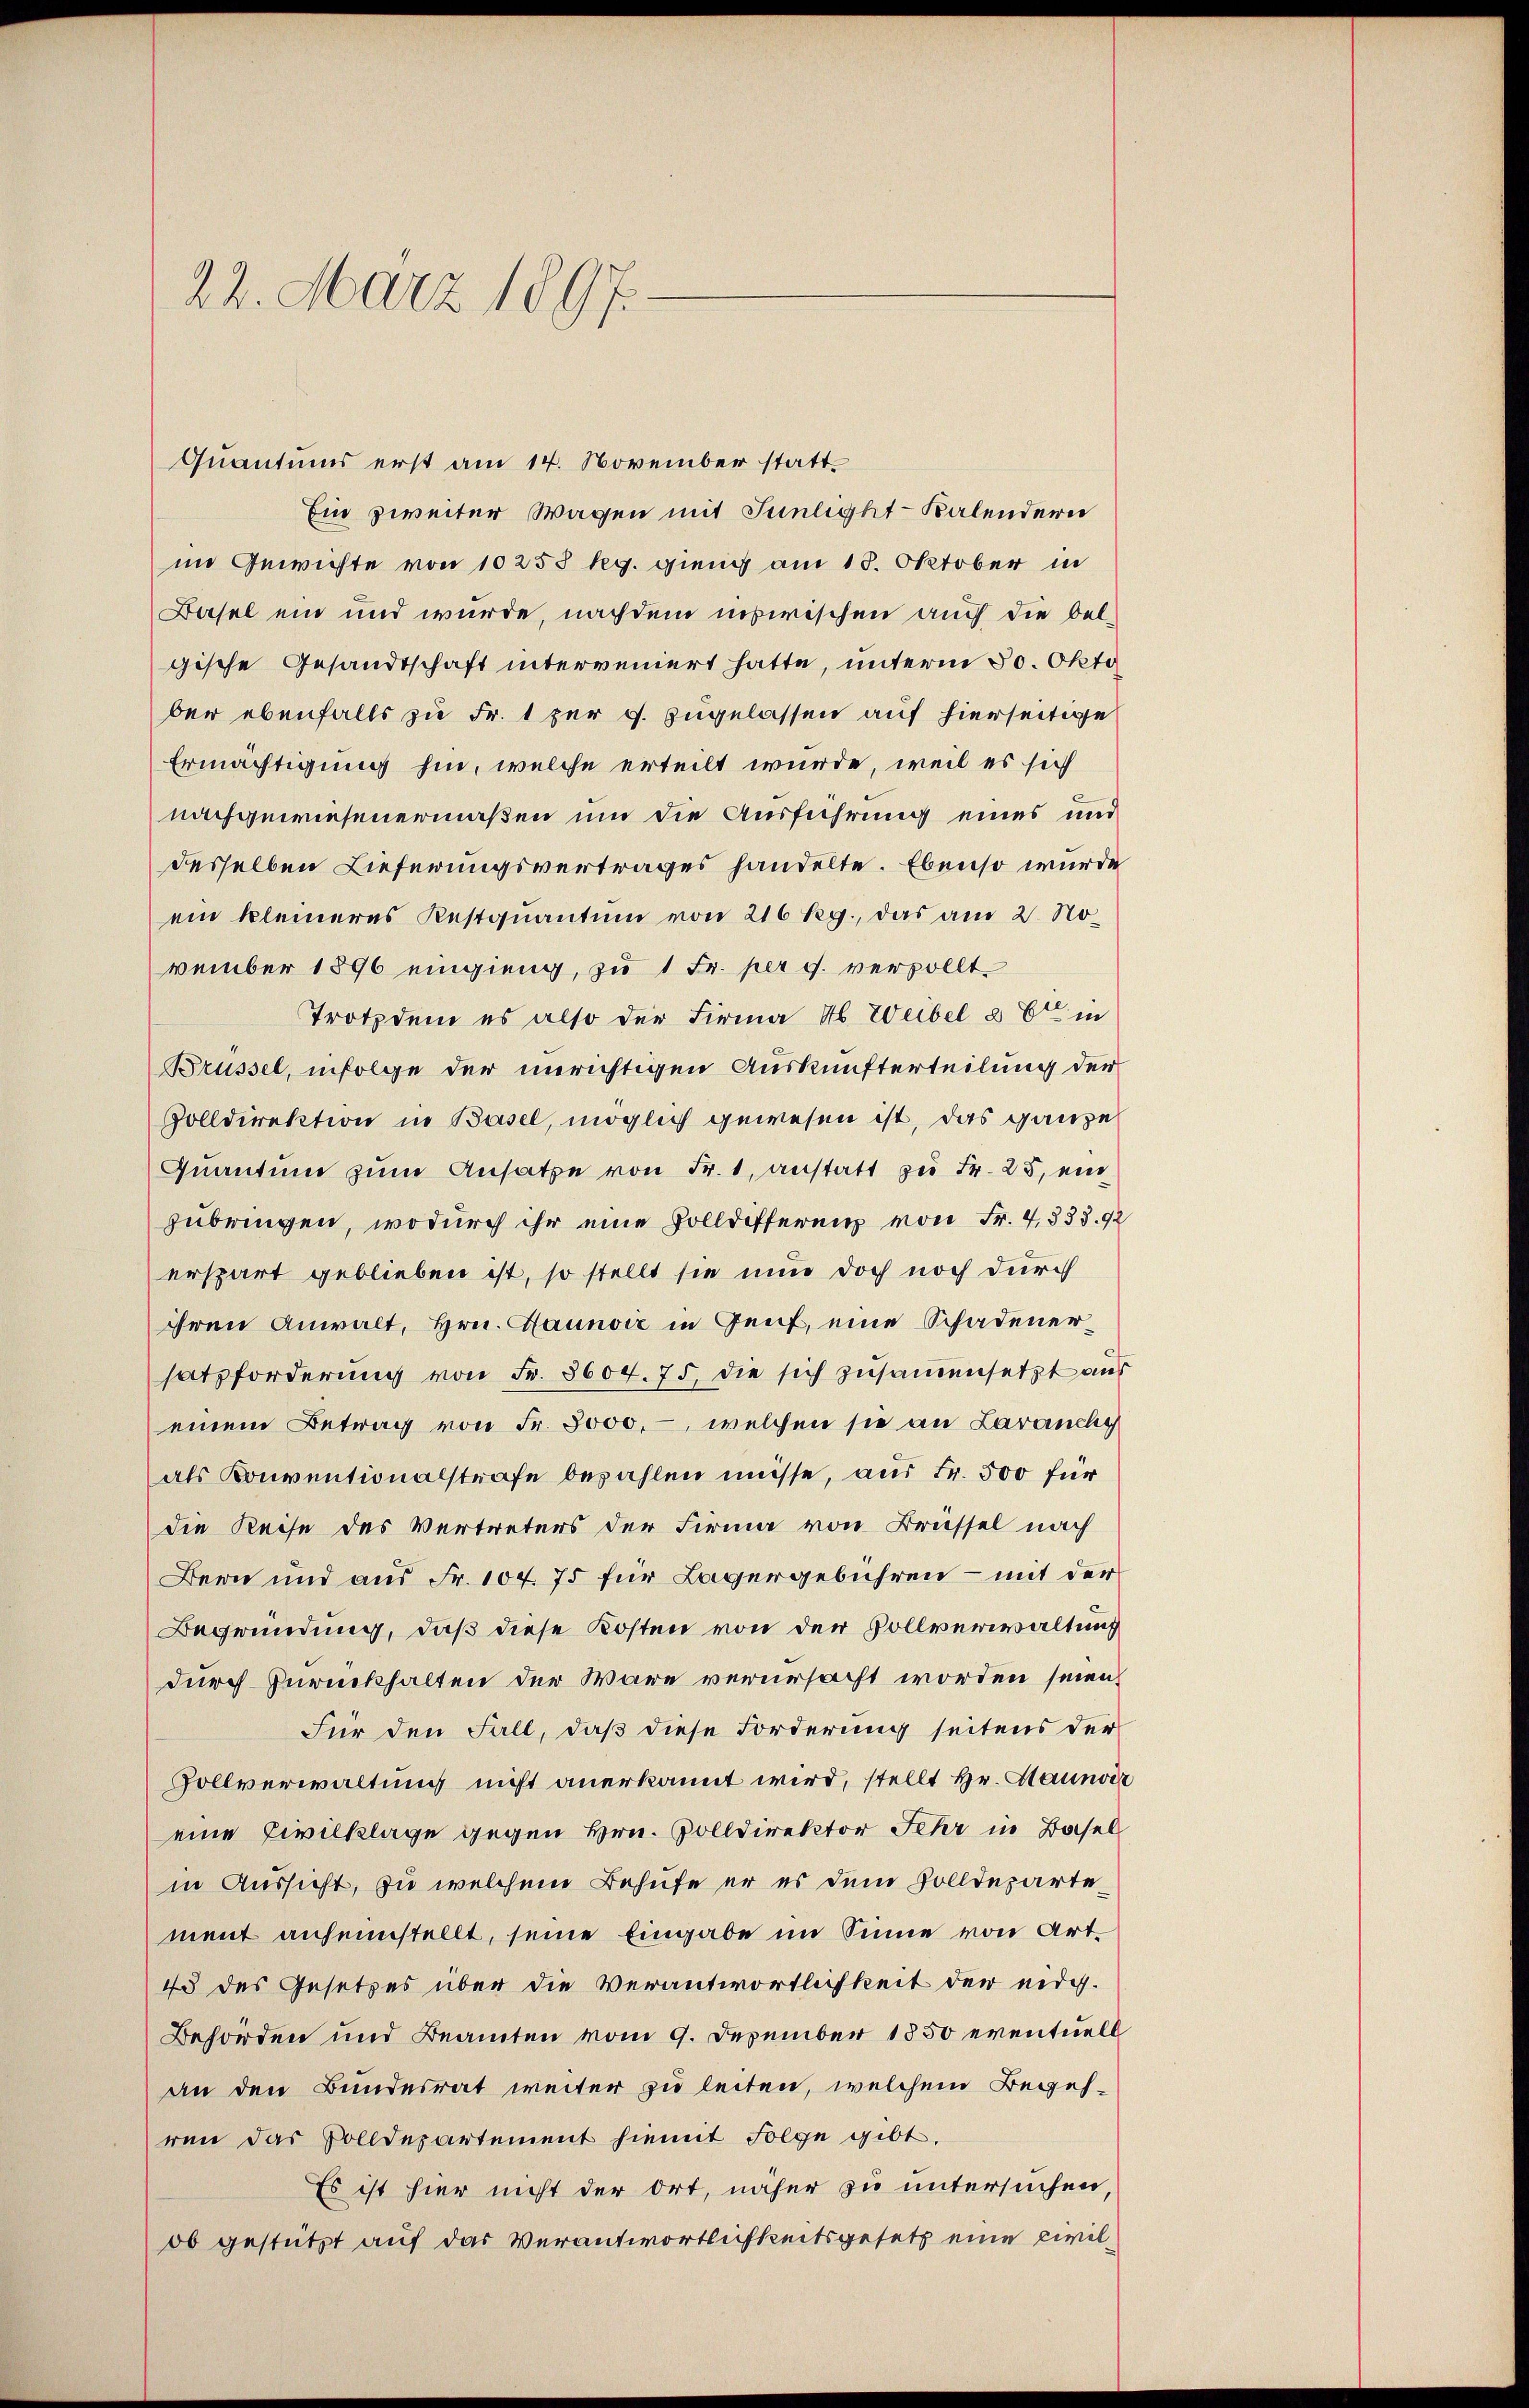
22. März 1897.

Quantums erst am 14. November statt¬
Ein zweiter Wagen mit Sunlight - Kalendern
im Gewichte von 10253 kg. gieng am 13. Oktober in
Basel ein und wurde, nachdem inswischen auch die Oelgische Gesandtschaft interveniert hatte, unterm 30. Okto
ber ebenfalls zu Fr. 1 zur g. zugelassen auf hierseitige
Ermächtigung hin, welche erteilt wurde, weil es sich
nachgewiesenermaßen um die Ausführung eines und
desselben Lieferungsvertrages handelte. Ebenso wurde
ein kleineres Restquantum von 216 Rg., das am 2. November 1896 eingieng, zu 1 Fr. per c. versollt.
Trotzdem es also der Firma ab. Weibel a Er in
Brüssel, infolge der unrichtigen Auskunfterteilung der
Solldirektion in Basel, möglich gewesen ist, das ganze
Quantum zum Ansatze von Fr. 1, anstatt zu Fr. 25, ein
zubringen, wodurch ihr eine Volldefferenz von Fr. 4, 535. 92
erspart geblieben ist, so stellt sie nun doch noch durch
ihren Anwalt, Hrn. Haunvić in Genf, eine Schadenersatzforderung von Fr. 3604. 75, die sich zusammensetzt aus
einem Betrag von Fr. 3000.-, welchen sie an Lavanchy
als Konventionalstrafe bezahlen müsse, aus Fr. 500 für
die Reise des Vertreters der Firma von Brüssel nach
Bern und aus Fr. 104. 75 für Lagergebühren – mit der
Begründung, daß diese Kosten von der Vollverwaltung
durch Zurückhalten der wäre verursacht worden seien,
Für den Fall, daß diese Forderung seitens der
Sollverwaltung nicht anerkannt wird, stellt Hr. Haunver
eine Civilklage gegen Hrn. Solldirektor Fehr in Basel
in Aussicht, zu welchem Behufe er es dem Zolldepartement anheimstellt, seine Eingabe im Sinne von Art.
43 des Gesetzes über die Verantwortlichkeit der eidg.
Behörden und Beamten vom 9. Dezember 1850 eventuell
an den Bundesrat weiter zu leiten, welchem Begehren das Polldepartement hiemit Folge gibt.
Es ist hier nicht der Ort, näher zu untersuchen,
ob gestützt auf das Verantwortlichkeitsgesetz eine Civil¬